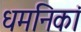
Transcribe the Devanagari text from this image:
धमनिकां